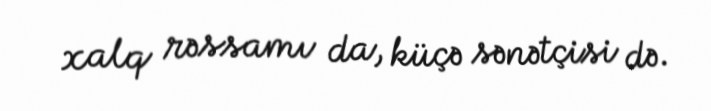
xalq rəssamı da, küçə sənətçisi də.